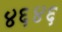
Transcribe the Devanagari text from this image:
४६४६